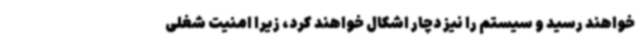
خواهند رسید و سیستم را نیز دچار اشکال خواهند کرد، زیرا امنیت شغلی